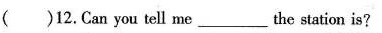
( )12.Can you tell me ___the station is?